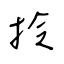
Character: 拎